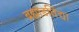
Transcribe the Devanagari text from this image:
ब्रह्मांडविद्या